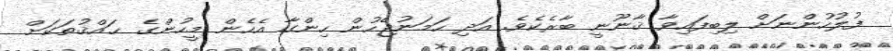
ފުލުހުންނަށް ލިބިފައިވާ ޤާނޫނީ ބާރެކެވެ. އަދި ހަމަނުޖެހުން ހިންގާ އެހެން މީހުންގެ ޙައްޤުތަކަށް